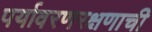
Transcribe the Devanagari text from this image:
पर्यावरणरक्षणाची